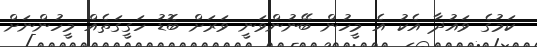
ކަމުގެ ވައުދާ އެކު އެ މީހުން ބޭނުންވަނީ ވަރަށް ބޮޑު ހަގީގަތެއް މީހުންނަށް